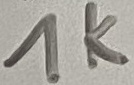
Text: 1K